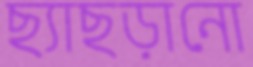
ছ্যাছড়ানো